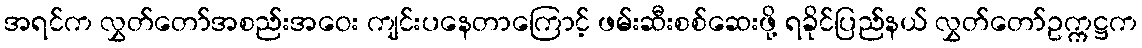
အရင်က လွှတ်တော်အစည်းအဝေး ကျင်းပနေတာကြောင့် ဖမ်းဆီးစစ်ဆေးဖို့ ရခိုင်ပြည်နယ် လွှတ်တော်ဥက္ကဋ္ဌက